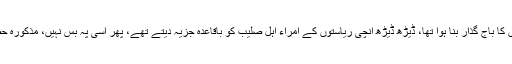
ضعف وافتراق اس حد تک پہنچا ہوا تھا کہ اس دور میں اندلس صلیبیوں کا باج گذار بنا ہوا تھا، ڈیڑھ ڈیڑھ انچی ریاستوں کے امراء اہلِ صلیب کو باقاعدہ جزیہ دیتے تھے، پھر اسی پہ بس نہیں، مذکورہ حصوں میں سے دو حصے یکے بعد دیگرے عیسائی ہتھیا کر لے گئے۔